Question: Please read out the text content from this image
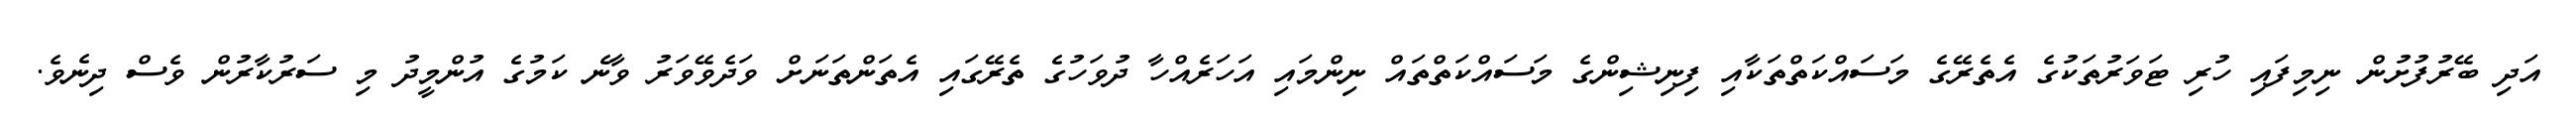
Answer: އަދި ބޭރުފުށުން ނިމިފައި ހުރި ޓަވަރުތަކުގެ އެތެރޭގެ މަސައްކަތްތަކާއި ފިނިޝިންގެ މަސައްކަތްތައް ނިންމައި އަހަރެއްހާ ދުވަހުގެ ތެރޭގައި އެތަންތަނަށް ވަދެވޭވަރު ވާނެ ކަމުގެ އުންމީދު މި ސަރުކާރުން ވެސް ދިނެވެ.